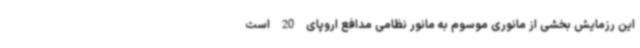
این رزمایش بخشی از مانوری موسوم به مانور نظامی مدافع اروپای 20 است